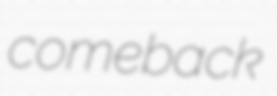
comeback